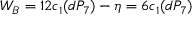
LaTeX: W _ { B } = 1 2 c _ { 1 } ( d P _ { 7 } ) - \eta = 6 c _ { 1 } ( d P _ { 7 } )